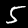
Label: 5